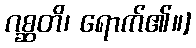
ဂစ္ဆတိ၊ ရောက်၏။]